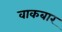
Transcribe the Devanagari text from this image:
वाकबार